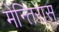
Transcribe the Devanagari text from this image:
मेन्तिरास